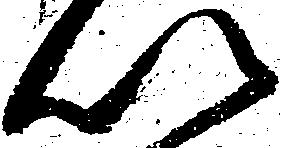
以